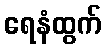
ရေနံထွက်